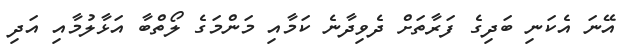
އޭނަ އެކަނި ބަދިގެ ފަރާތަށް ދެވިދާނެ ކަމާއި މަންމަގެ ލޯތްބާ އަޅާލުމާއި އަދި